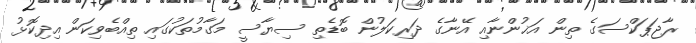
ރާޖަޕަކްސަގެ ތިން އަޚުންނާއި އޭނާގެ ދަރިކަލުން ބޮޑެތި ސިޔާސީ މަގާމުތަކުގައި ތިއްބެވިކަން އިދިކޮޅު